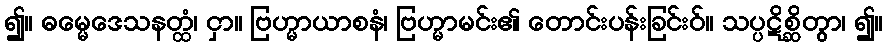
၍။ ဓမ္မေဒေသနတ္ထံ၊ ငှာ။ ဗြဟ္မာယာစနံ၊ ဗြဟ္မာမင်း၏ တောင်းပန်းခြင်းဝ်။ သပ္ပဋိစ္ဆိတွာ၊ ၍။